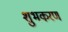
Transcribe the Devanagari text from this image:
शुभकरण